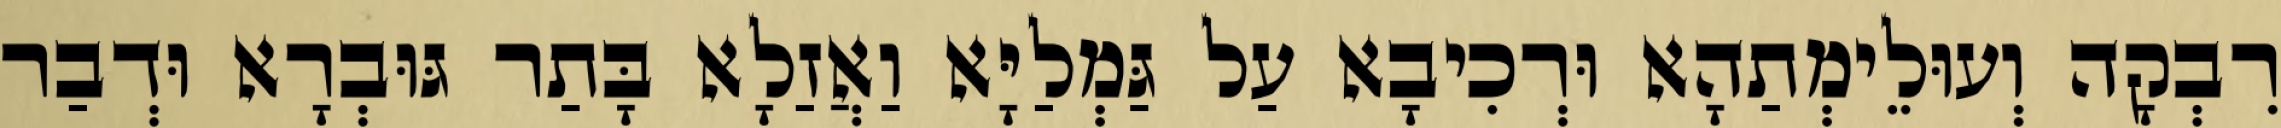
רִבְקָה וְעוּלֵימְתַהָא וּרְכִיבָא עַל גַּמְלַיָּא וַאֲזַלָא בָּתַר גּוּבְרָא וּדְבַר